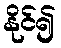
နိုင်၍